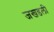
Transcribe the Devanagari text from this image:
जखडली